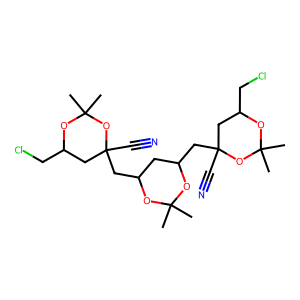
SMILES: CC1(C)OC(CC2(C#N)CC(CCl)OC(C)(C)O2)CC(CC2(C#N)CC(CCl)OC(C)(C)O2)O1
Inhibits HIV replication: No